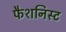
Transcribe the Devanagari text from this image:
फैशनिस्ट